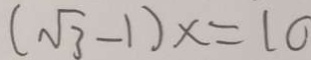
( \sqrt { 3 } - 1 ) x = 1 0